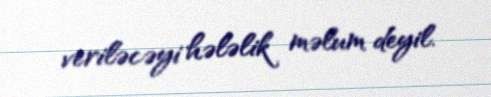
veriləcəyi hələlik məlum deyil.